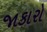
જાકારો